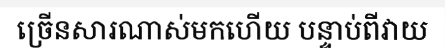
ច្រើនសារណាស់មកហើយ បន្ទាប់ពីវាយ